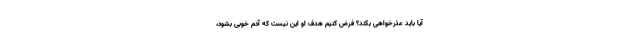
آیا باید عذر‌خواهی بکند؟ فرض کنیم هدف او این نیست که آدم خوبی بشود،